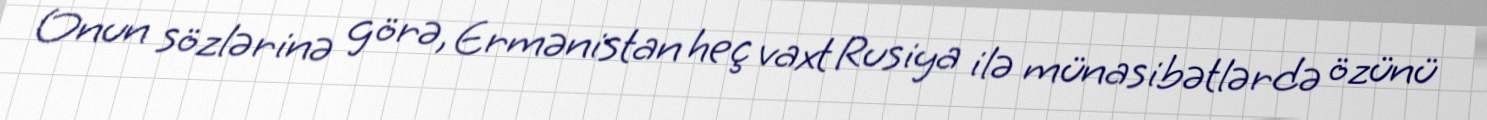
Onun sözlərinə görə, Ermənistan heç vaxt Rusiya ilə münasibətlərdə özünü